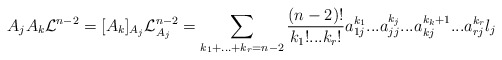
\begin{align*}A_{j}A_{k}\mathcal{L}^{n-2}=[A_{k}]_{A_{j}}\mathcal{L}_{A_{j}}^{n-2}=\sum_{k_{1}+...+k_{r}=n-2}\frac{(n-2)!}{k_{1}!...k_{r}!}a_{1j}^{k_{1}}...a_{jj}^{k_{j}}...a_{kj}^{k_{k}+1}...a_{rj}^{k_{r}}l_{j} \end{align*}